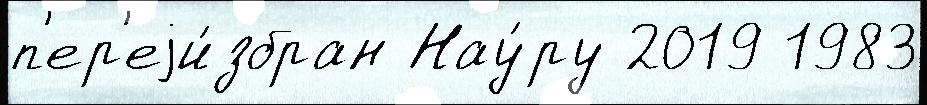
п'ер'еjи́збран Нау́ру 2019 1983